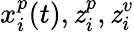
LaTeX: x_{i}^{p}(t),\mathit{z}_{i}^{p},\mathit{z}_{i}^{v}